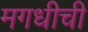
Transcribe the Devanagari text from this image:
मगधीची